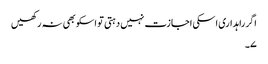
اگر راہداری اسکی اجازت نہیں دہتی تو اسکو بھی نہ رکھیں
۷۔